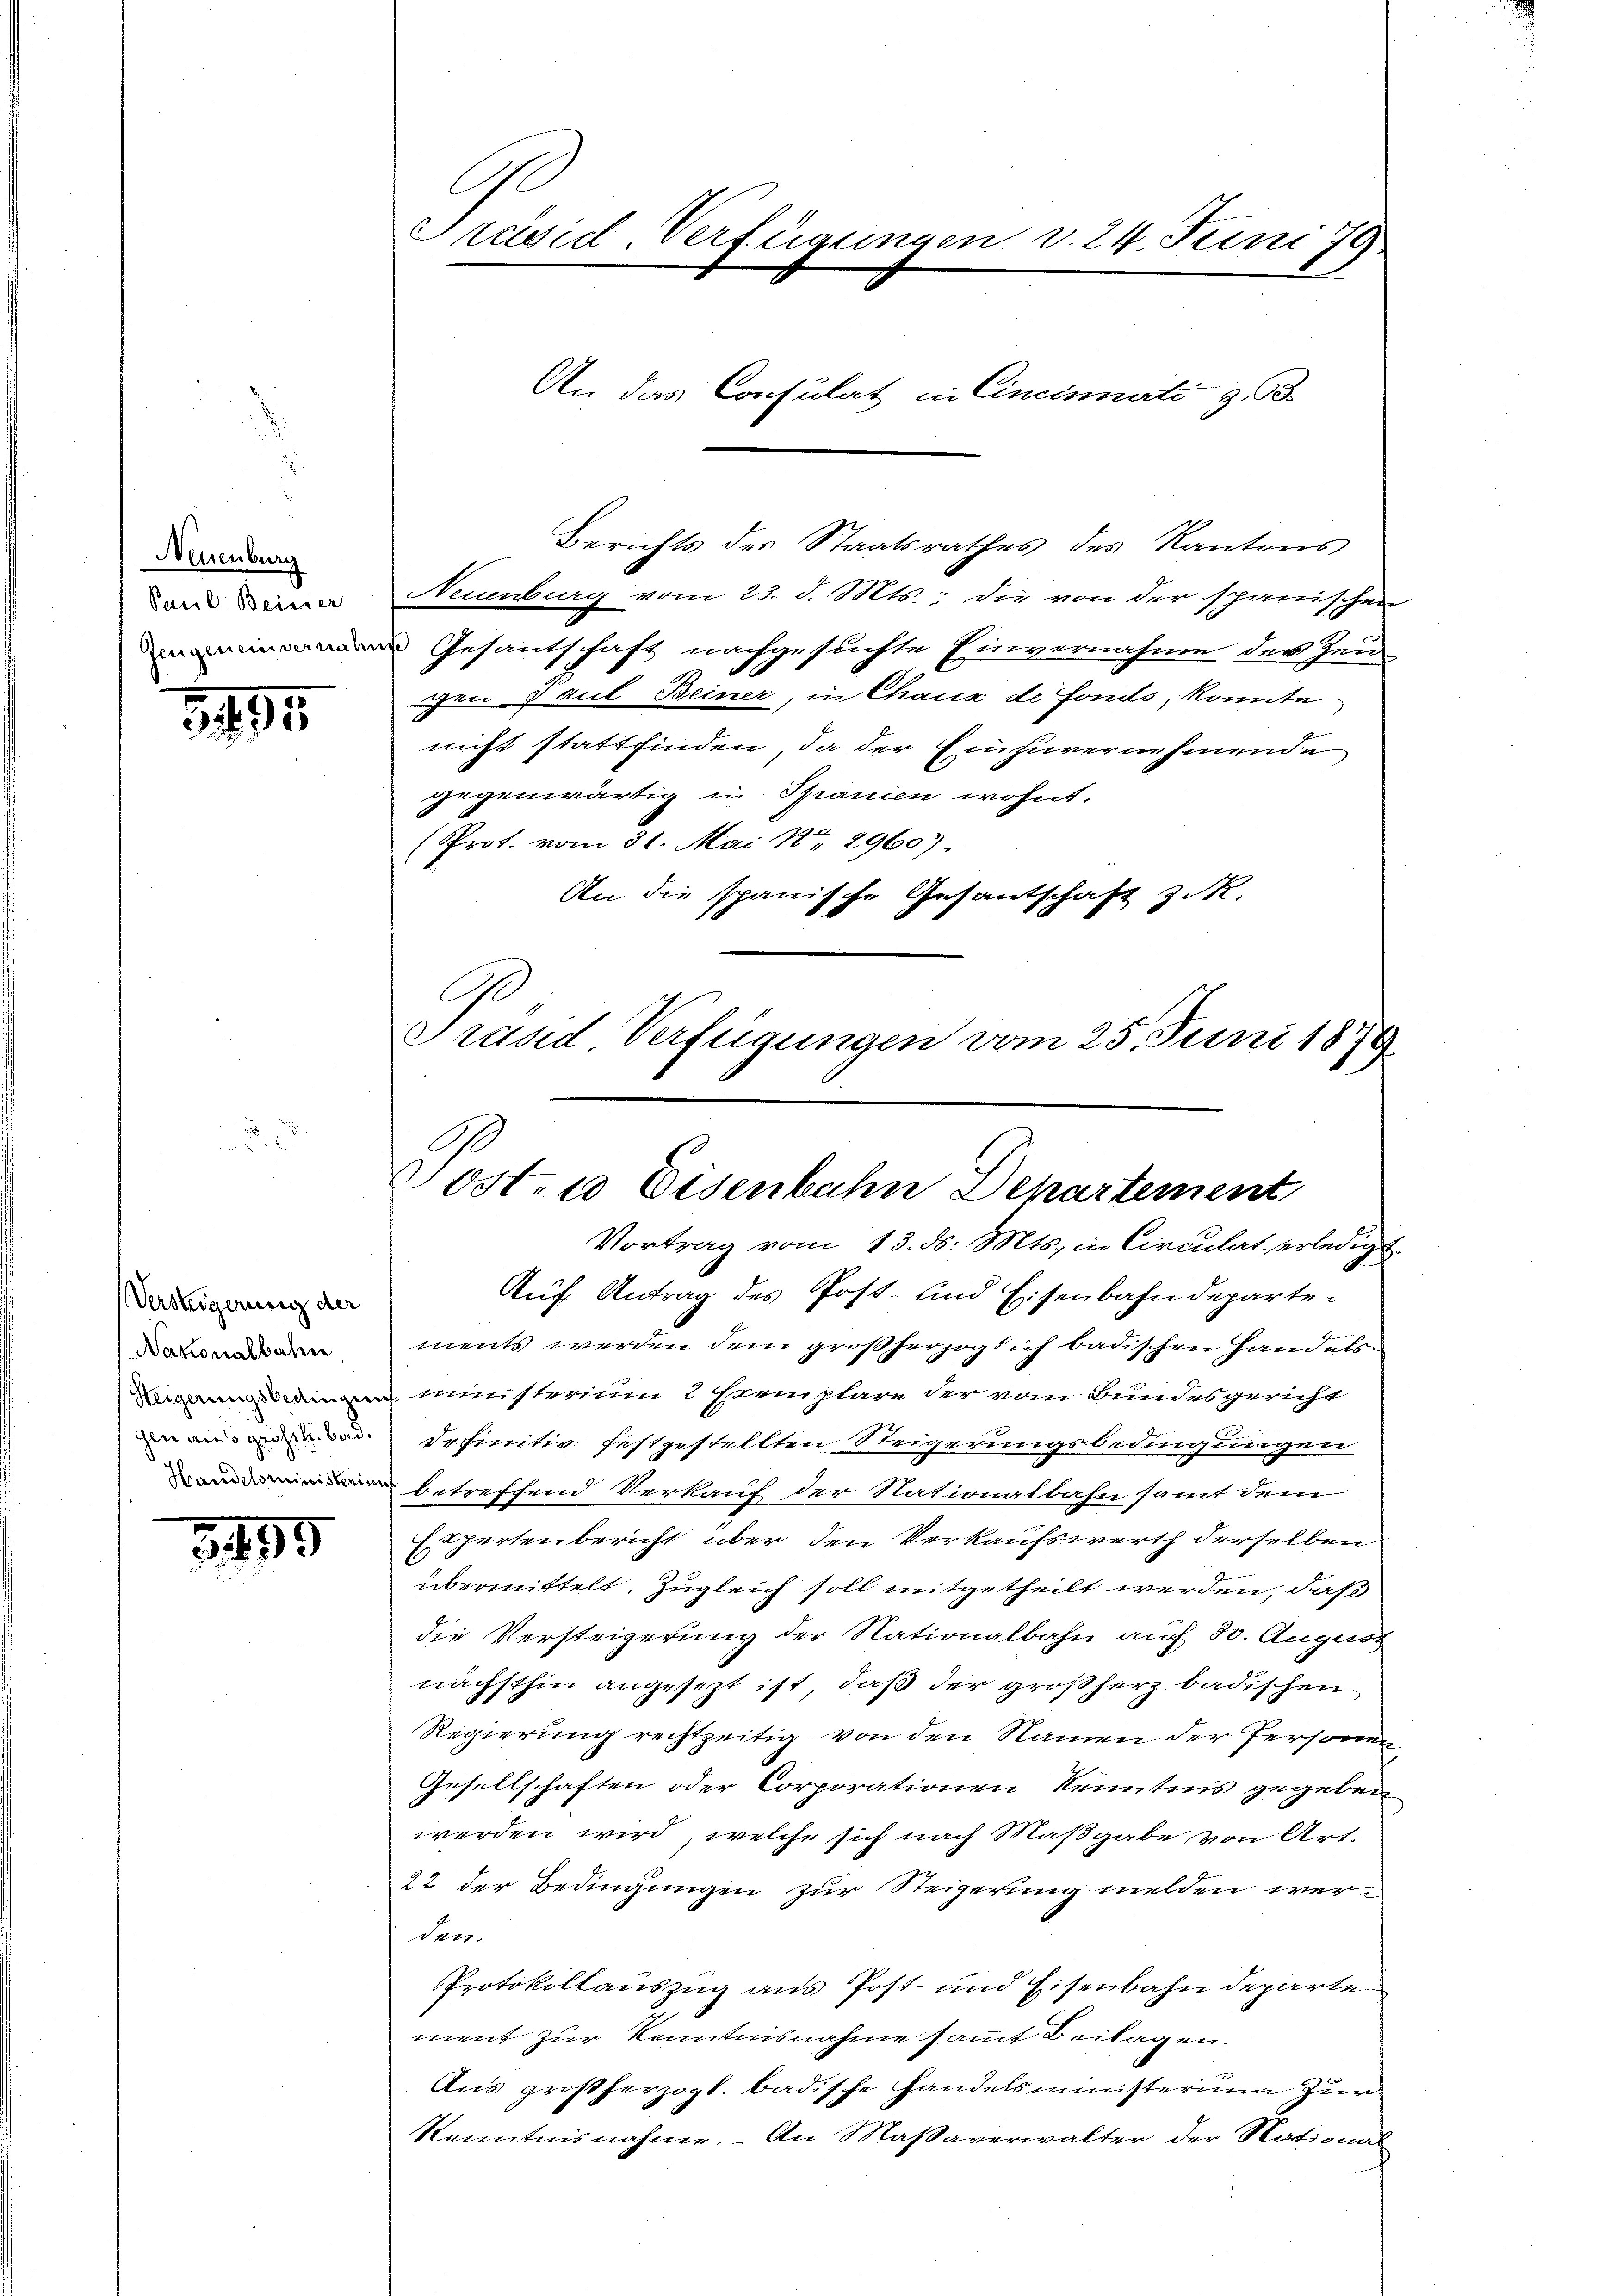
Neuenburg
Puel Beisser

3495.

Versteigerung der
Nakonalbahn

495

Berichts des Staatsrathes des Kantons
Neuenburg vom 23. d. Mts., die von der spanischen
n Gesantschaft nachgesuchte Einvernahme der Zeugen 9 auf Beiner, in Chaux de Fonds, konnte
nicht stattfinden, da der Einzuvernehmende
gegenwärtig in Spanien wohnt.
(Prot. vom 31. Mai No 2960).
An die spanische Gesantschaft z. R.
e
Prand, Verfügungen vom 25. Juni 1879.

Ge
Präsid-Verfügungen v. 24. Juni 79

An das Consulat in Cincinnerte §. 3.

Sost, 6 Eisenbahn Departement

Vortrag vom 13. ds. Mts. in Circulat erledigt
Auf Antrag des Post- und Eisenbahndepartements werden dem großherzoglich badischen Handels¬
 ministerium 2 Exemplare der vom Bundesgericht
 an definitiv festgestellten Reigerungsbedingungen
 betreffend Verkauf der Nationalbahn samt dem
Expertenbericht über den Verkaufswerth derselben
übermittelt. Zugleich soll mitgetheilt werden, daß
die Versteigerung der Nationalbahn auf 30. August
nächsthin angesezt ist, daß der großherz badischen
Regierung rechtzeitig von den Namen der Personen
Gesellschaften oder Corporationen Kenntnis gegeben
werden wird, welche sich nach Maßgabe von Art.
22 der Bedingungen zur Steigerung melden werden.
Protokollauszug aus Post- und Eisenbahndeparte
ment zur Kenntnisnahme sammt Beilagen.
Ans großherzogl. badische Handelsministerium zŭr
Kenntnisnahme. An Maßaverwalter der National